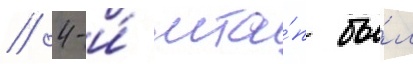
/ 4-и́ мта́п бы́л